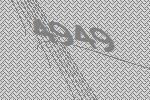
4949